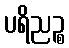
ပရိညဉ္စ